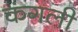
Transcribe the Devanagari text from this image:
कंगली